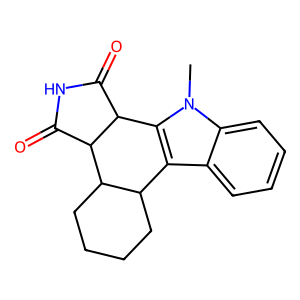
SMILES: Cn1c2c(c3ccccc31)C1CCCCC1C1C(=O)NC(=O)C21
Inhibits HIV replication: No